Vaccination in Bombay 1913-1923 - 1913-1923
Year: 1913
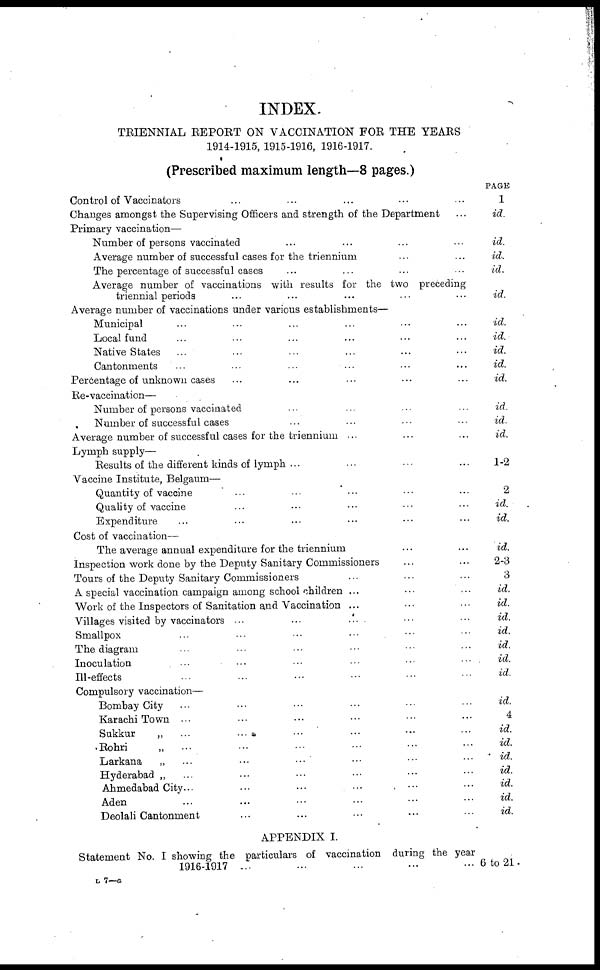
INDEX.
TRIENNIAL REPORT ON VACCINATION FOR THE YEARS
1914-1915, 1915-1916, 1916-1917.
(Prescribed maximum length—8 pages.)
Control of Vaccinators ... ... ... ... ...
Changes amongst the Supervising Officers and strength of the Department ...
Primary vaccination—
Number of persons vaccinated ... ... ... ...
Average number of successful cases for the triennium ... ...
The percentage of successful cases ... ... ... ...
Average number of vaccinations with results for the two preceding
triennial periods ... ... ... ... ...
Average number of vaccinations under various establishments—
Municipal ... ... ... ... ... ...
Local fund ... ... ... ... ... ...
Native States ... ... ... ... ... ...
Cantonments ... ... ... ... ... ...
Percentage of unknown cases ... ... ... ... ...
Re-vaccination—
Number of persons vaccinated ... ... ... ...
Number of successful cases ... ... ... ...
Average number of successful cases for the triennium ... ... ...
Lymph supply—
Results of the different kinds of lymph ... ... ... ...
Vaccine Institute, Belgaum—
Quantity of vaccine ... ... ... ... ...
Quality of vaccine ... ... ... ... ...
Expenditure ... ... ... ... ...
Cost of vaccination—
The average annual expenditure for the triennium ... ...
Inspection work done by the Deputy Sanitary Commissioners ... ...
Tours of the Deputy Sanitary Commissioners ... ... ...
A special vaccination campaign among school children ... ... ...
Work of the Inspectors of Sanitation and Vaccination ... ... ...
Villages visited by vaccinators ... ... ... ...
Smallpox ... ... ... ... ... ...
The diagram ... ... ... ... ... ...
Inoculation
Ill-effects ... ... ... ... ... ...
Compulsory vaccination—
Bombay City ... ... ... ... ... ...
Karachi Town ... ... ... ... ... ...
Sukkur
„ ... ... ... ... ... ...
Rohri
„ ... ... ... ... ... ...
Larkana
„ ... ... ... ... ... ...
Hyderabad „ ... ... ... ... ... ...
Ahmedabad City... ... ... ... ... ...
Aden ... ... ... ... ... ...
Deolali Cantonment ... ... ... ... ...
APPENDIX I.
Statement No. I showing the particulars of vaccination during the year
1916-1917 ... ... ... ... ...
PAGE
1
id.
id.
id.
id.
id.
id.
id.
id.
id.
id.
id.
id.
id.
1-2
2
id.
id.
id.
2-3
3
id.
id.
id.
id.
id.
id.
id.
id.
4
id.
id.
id.
id.
id.
id.
id.
6 to 21.
L 7—a